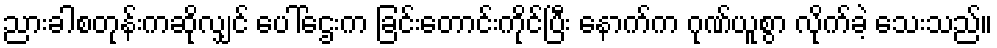
ညားခါစတုန်းကဆိုလျှင် ပေါ်ဌေးက ခြင်းတောင်းကိုင်ပြီး နောက်က ဂုဏ်ယူစွာ လိုက်ခဲ့ သေးသည်။